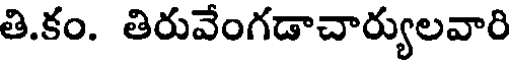
తి.కం. తిరువేంగడాచార్యులవారి